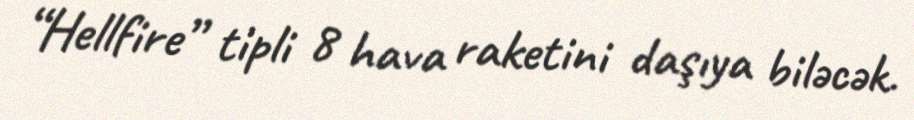
“Hellfire” tipli 8 hava raketini daşıya biləcək.